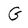
Character: G